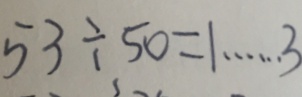
5 3 \div 5 0 = 1 \cdots 3